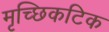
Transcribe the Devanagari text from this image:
मृच्छिकटिक